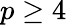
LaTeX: p\ge 4